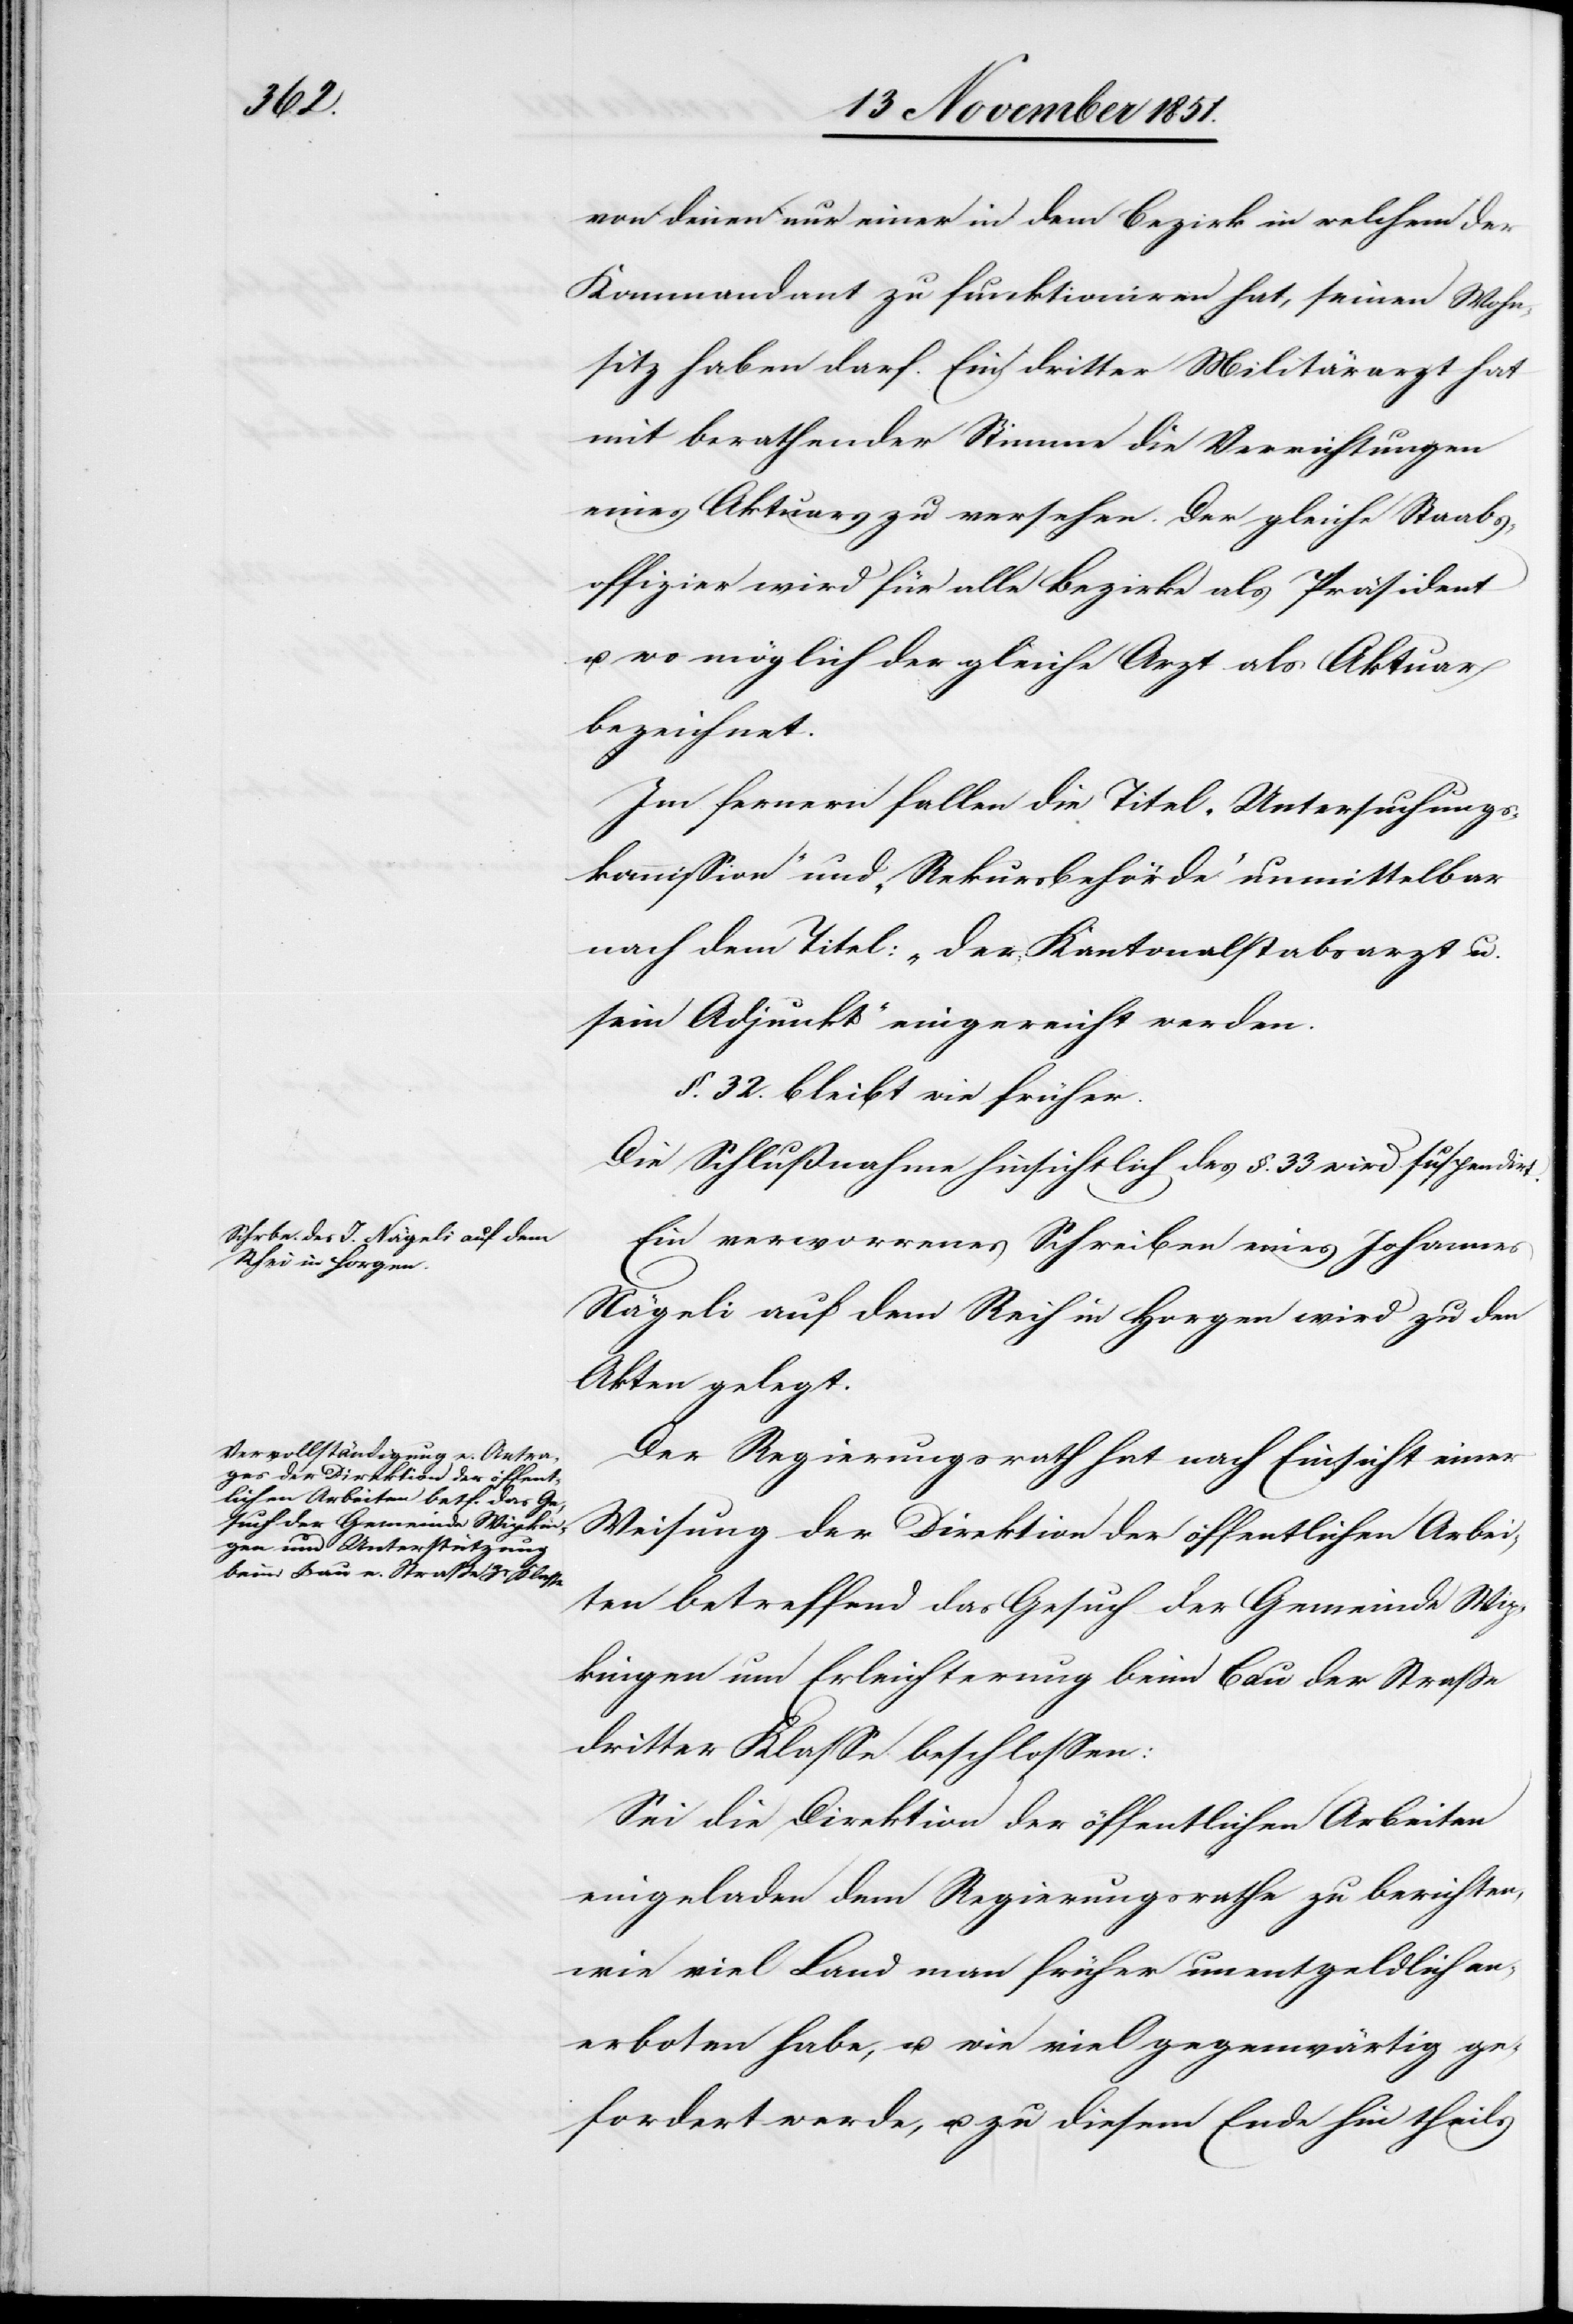
fall¬

von denen nur einer in dem Bezirk in welchem der
Kommandant zu funktioniren hat, seinen Wohn¬
sitz haben darf. Ein dritter Militärarzt hat
mit berathender Stimme die Verrichtungen
eines Aktuars zu versehen. Der gleiche Staabs¬
offizier wird für alle Bezirke als Präsident
u. wo möglich der gleiche Arzt als Aktuar
bezeichne¬
en [recte: sollen] die Titel „Untersuchungs¬
kommission“ und „Rekursbehörde“ unmittelbar
nach dem Titel: „der Kantonalstabsarzt u.
sein Adjunkt“ eingereicht werden.
§. 32. bleibt wie früher.
Die Schlußnahme hinsichtlich des §. 33 wird suspendirt.
Ein verworrenes Schreiben eines Johannes
Nägeli auf dem Reih [sic!] in Horgen wird zu den
Akten gelegt.
Der Regierungsrath hat nach Einsicht einer
Weisung der Direktion der öffentlichen Arbei¬
ten betreffend das Gesuch der Gemeinde Wip¬
kingen um Erleichterung beim Bau der Straße
dritter Klasse beschlossen:
Sei die Direktion der öffentlichen Arbeiten
eingeladen dem Regierungsrathe zu berichten,
wie viel Land man früher unentgeldlich an¬
erboten habe, u. wie viel gegenwärtig ge¬
fordert werde, u. zu diesem Ende hin theils